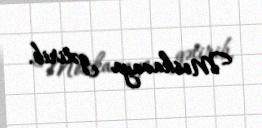
Moskavaya gətirib.